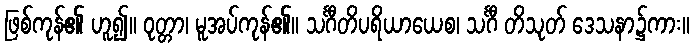
ဖြစ်ကုန်၏ ဟူ၍။ ဝုတ္တာ၊ မူအပ်ကုန်၏။ သင်္ဂီတိပရိယာယေစ၊ သင်္ဂီ တိသုတ် ဒေသနာ၌ကား။